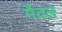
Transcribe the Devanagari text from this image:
मैवल